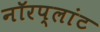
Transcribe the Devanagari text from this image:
नॉरप्लांट